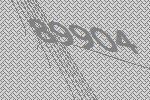
89904